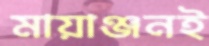
মায়াঞ্জনই